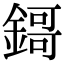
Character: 鎶